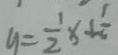
y = \frac { 1 } { 2 } x + \frac { 1 } { 6 }